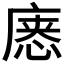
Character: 𰑸